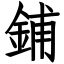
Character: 鋪